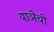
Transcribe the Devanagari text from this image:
याञेची